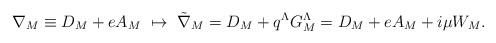
LaTeX: \begin{align*}\nabla _M \equiv { D}_M + e A_M \ \mapsto \ {\tilde \nabla}_M ={ D}_M + q^{\Lambda} G_M ^{\Lambda}= {D}_M +eA_M +i\mu W_M.\end{align*}